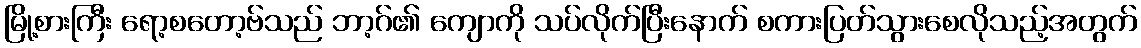
မြို့စားကြီး ရော့စတော့ဗ်သည် ဘာ့ဂ်၏ ကျောကို သပ်လိုက်ပြီးနောက် စကားပြတ်သွားစေလိုသည့်အတွက်